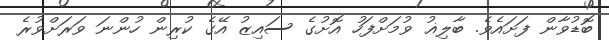
ބޮޑުވާން ފަށައެވެ. ބާލިޣު ވުމަށްފަހު އޮށުގެ ސައިޒު އޭގެ ކުރިން ހުންނަ ވަރަށްވުރެ